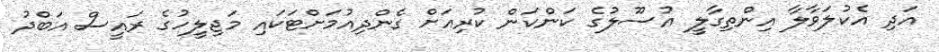
އަދި އެކުލަވާލާ އިންތިގާލީ އުސޫލުގެ ކަންކަން ކުރިއަށް ގެންދިއުމަށްޓަކައި މަޖިލީހުގެ ރައީސް އަބްދު